Report on the working of the mental hospitals for Indians in Bihar and Orissa - 1925-1929
Year: 1925
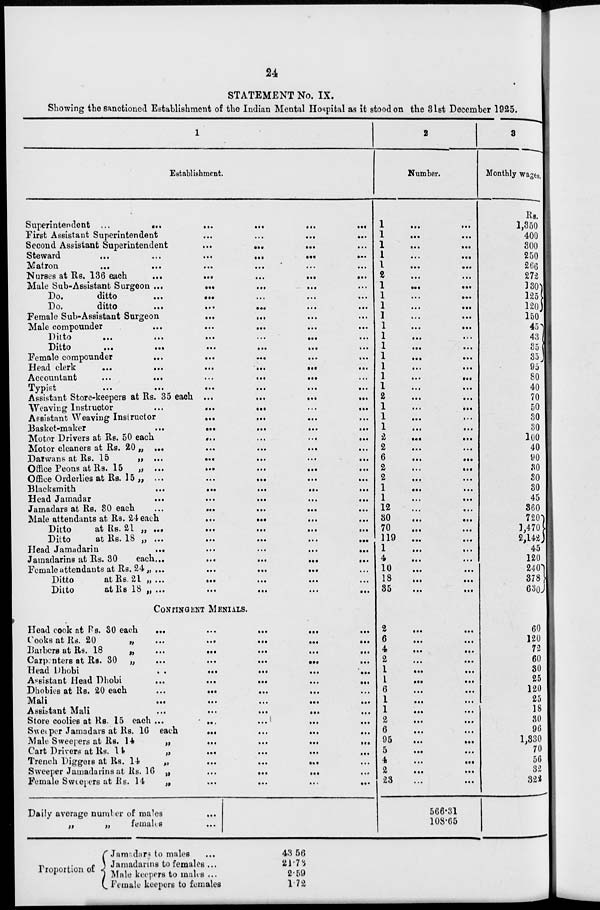
24
STATEMENT No. IX.
Showing the sanctioned Establishment of the Indian Mental Hospital as it stood on the 31st December 1925.
1
Establishment.
Superintendent
...
...
...
...
...
...
First Assistant Superintendent
...
...
...
...
Second Assistant Superintendent
...
...
...
...
Steward
...
...
...
...
...
...
Matron
...
...
...
...
...
...
Nurses at Rs. 136 each
...
...
...
...
...
Male Sub-Assistant Surgeon
...
...
...
...
...
Do.
ditto
...
...
...
...
...
Do.
ditto
...
...
...
...
...
Female Sub-Assistant Surgeon
...
...
...
...
Male compounder
...
...
...
...
...
Ditto
...
...
...
...
...
...
Ditto
...
...
...
...
...
...
Female compounder
...
...
...
...
...
Head clerk
...
...
...
...
...
...
Accountant
...
...
...
...
...
...
Typist
...
...
...
...
...
...
Assistant Store-keepers at Rs. 35 each
...
...
...
...
Weaving Instructor
... ... ... ... ...
Assistant Weaving Instructor
...
...
...
...
Basket-maker
...
...
...
...
...
Motor Drivers at Rs. 50 each
...
...
...
...
Motor cleaners at Rs. 20 „
...
...
...
...
...
Darwans at Rs. 15
„
...
...
...
...
...
Office Peons at Rs. 15
„
...
...
...
...
...
Office Orderlies at Rs. 15 „
...
...
...
...
...
Blacksmith
...
...
...
...
...
Head Jamadar
...
...
...
...
...
Jamadars at Rs. 30 each
...
...
...
...
...
Male attendants at Rs. 24 each
...
...
...
...
Ditto
at Rs. 21 „
...
...
...
...
...
Ditto
at Rs. 18 „
...
...
...
...
...
Head Jamadarin
...
...
...
...
...
Jamadarins at Rs. 30
each...
...
...
...
...
Female attendants at Rs. 24
...
...
...
...
...
Ditto
at Rs. 21 „
...
...
...
...
...
Ditto
at Rs 18 „
...
...
...
...
...
CONTINGENT MENIALS.
Head cook at Rs. 30 each
...
...
...
...
...
Cooks at Rs. 20
„
...
...
...
...
...
Barbers at Rs. 18
„
...
...
...
...
...
Carpenters at Rs. 30 „
...
...
...
...
...
Head Dhobi ... ... ... ... ...
Assistant Head Dhobi
...
...
...
...
...
Dhobies at Rs. 20 each
...
...
...
...
...
Mali
...
...
...
...
...
Assistant Mali
...
...
...
...
...
Store coolies at Rs. 15 each... ... ... ... ...
Sweeper Jamadars at Rs. 16 each
...
...
...
...
Male Sweepers at Rs. 14
„
...
...
...
...
Cart Drivers at Rs. 14
„
...
...
...
...
Trench Diggers at Rs. 14
„
...
...
...
...
Sweeper Jamadarins at Rs. 16 „
...
...
...
...
Female Sweepers at Rs. 14
„
...
...
...
...
Daily average number of males ...
„
„
females
...
Proportion of
Jamadars to males
...
Jamadarins to females ...
Male keepers to males ...
Female keepers to females
43.56
21.73
2.59
1.72
2
Number.
1
... ...
1 ... ...
1 ... ...
1 ... ...
1 ... ...
2
...
...
1 ... ...
1 ... ...
1 ... ...
1
...
...
1
...
...
1
...
...
1
...
...
1
...
...
1
...
...
1
...
...
1...
...
2
...
...
1
...
...
1
...
...
1...
...
2
...
...
2
...
...
6
...
...
2
...
...
2
...
...
1
...
...
1
...
...
12
...
...
30
...
...
70 ... ...
119
...
...
1
...
...
4
...
...
10
...
...
18
...
...
35 ... ...
2
...
...
6
...
...
4
...
...
2
...
...
1 ... ...
1
...
...
6
...
...
1
...
...
1
...
...
2
...
...
6
...
...
95
...
...
5
...
...
4
...
...
2
...
...
23
...
...
566.31
108.65
3
Monthly wages.
Rs.
1,350
400
300
250
266
272
130
125
120
150
45
43
35
35
95
80
40
70
50
30
30
100
40
90
30
30
30
45
360
720
1,470
2,142
45
120
240
378
630
60
120
72
60
30
25
120
25
18
30
96
1,330
70
56
32
322